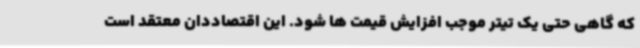
که گاهی حتی یک تیتر موجب افزایش قیمت ها شود. این اقتصاددان معتقد است